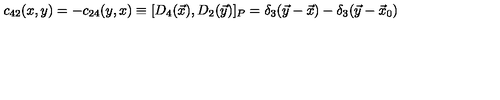
c _ { 4 2 } ( x , y ) = - c _ { 2 4 } ( y , x ) \equiv [ D _ { 4 } ( \vec { x } ) , D _ { 2 } ( \vec { y } ) ] _ { P } = \delta _ { 3 } ( \vec { y } - \vec { x } ) - \delta _ { 3 } ( \vec { y } - \vec { x } _ { 0 } )